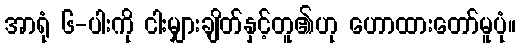
အာရုံ ၆-ပါးကို ငါးမျှားချိတ်နှင့်တူ၏ဟု ဟောထားတော်မူပုံ။